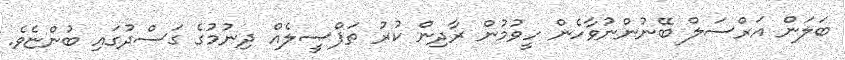
ބަލަން އަރްސަލް ބޭނުންނުވާހެން ހީވުމުން ރާދިން ކުރު ތަފްޞީލެއް ދިނުމުގެ ގަސްދުގައި ބުންޏެވެ.